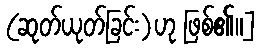
(ဆုတ်ယုတ်ခြင်း)ဟု ဖြစ်၏။]